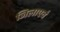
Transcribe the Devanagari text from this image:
जिलाएवं